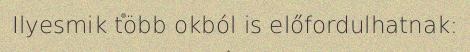
Ilyesmik több okból is előfordulhatnak: